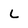
Character: L